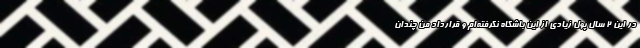
در این 2 سال پول زیادی از این باشگاه نگرفته‌‌ام و قرارداد من چندان